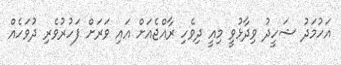
އަހުމަދު ޝަހީދު ވިދާޅުވީ މިއީ ދިވެހި ރާއްޖެއަށް އައި ވަރަށް ފަހުރުވެރި ދުވަހެއް